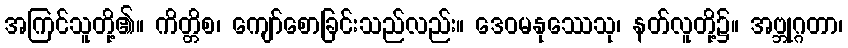
အကြင်သူတို့၏။ ကိတ္တိစ၊ ကျော်စောခြင်းသည်လည်း။ ဒေဝမနုဿေသု၊ နတ်လူတို့၌။ အဗ္ဘုဂ္ဂတာ၊